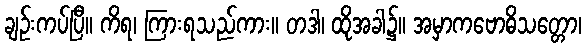
ချဉ်းကပ်ပြီ။ ကိရ၊ ကြားရသည်ကား။ တဒါ၊ ထိုအခါ၌။ အမှာကဗောဓိသတ္တော၊